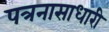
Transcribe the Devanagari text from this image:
पत्रनासाधारी